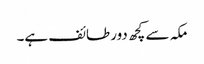
مکہ سے کچھ دور طائف ہے۔